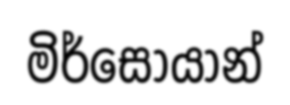
මිර්සොයාන්